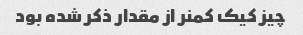
چیز کیک کمنر از مقدار ذکر شده بود